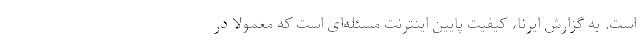
است. به گزارش ایرنا، کیفیت پایین اینترنت مسئله‌ای است که معمولاً در